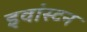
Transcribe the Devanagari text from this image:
इवांस्टन